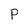
Character: P